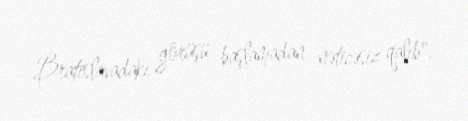
Bratislavadakı görüşü başlamadan nəticəsiz qalıb".